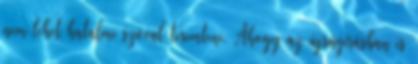
nem lehet hatalmi szóval teremteni. Ahogy az újságírásban is